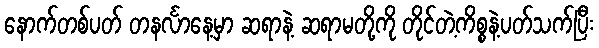
နောက်တစ်ပတ် တနင်္လာနေ့မှာ ဆရာနဲ့ ဆရာမတို့ကို တိုင်တဲ့ကိစ္စနဲ့ပတ်သက်ပြီး